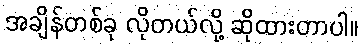
အချိန်တစ်ခု လိုတယ်လို့ ဆိုထားတာပါ။